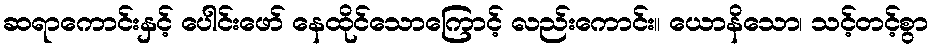
ဆရာကောင်းနှင့် ပေါင်းဖော် နေထိုင်သောကြောင့် လည်းကောင်း။ ယောနိသော၊ သင့်တင့်စွာ